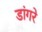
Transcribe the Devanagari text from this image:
डांगरे